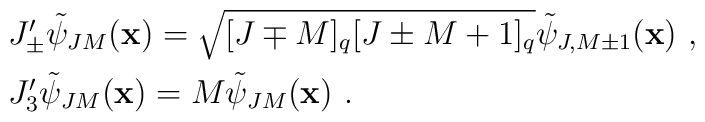
\begin{array}{l} J^\prime_\pm\tilde{\psi}_{JM}({\bf x})=\sqrt{[J\mp M]_q[J\pm M+1]_q}\tilde{\psi}_{J,M\pm 1}({\bf x})~,\\[2mm]J^\prime_3\tilde{\psi}_{JM}({\bf x})=M\tilde{\psi}_{JM}({\bf x})~.\end{array}